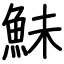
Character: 鮇